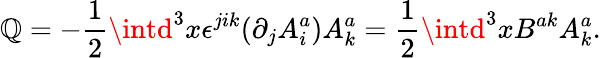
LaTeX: \mathbb{Q}=-\frac{{1}}{{2}}\intd^{3}x\epsilon^{jik}(\partial_{j}A_{i}^{a})A_{k}^{a}=\frac{{1}}{{2}}\intd^{3}xB^{ak}A_{k}^{a}.